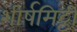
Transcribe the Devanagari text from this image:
शीर्षमिट्टी